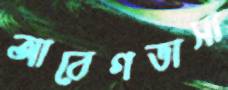
আবেগভাসা